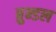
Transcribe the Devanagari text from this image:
ब्रुन्डल